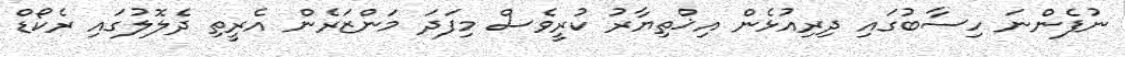
ނުފެންނަ ހިސާބުގައި ދިރިއުޅެން އިޚްތިޔާރު ކުރީވެސް މިފަދަ މަންޒަރެން އެރީތި ދެލޮލުގައި ރެކޯޑް